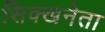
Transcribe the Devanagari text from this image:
सिक्खनेता